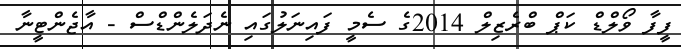
ފީފާ ވޯލްޑް ކަޕް ބްރެޒިލް 2014ގެ ސެމީ ފައިނަލުގައި ނެދަލެންޑްސް - އާޖެންޓީނާ